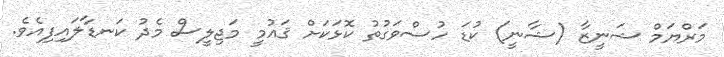
މަރްޔަމް ޝަނީޒާ (ޝާނީ) ކުޑަ ހުސްވަގުތު ކޮޅަކަށް ޤައުމީ މަޖިލީސް މެދު ކަނޑާލައިފިއެވެ.